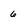
Character: 6